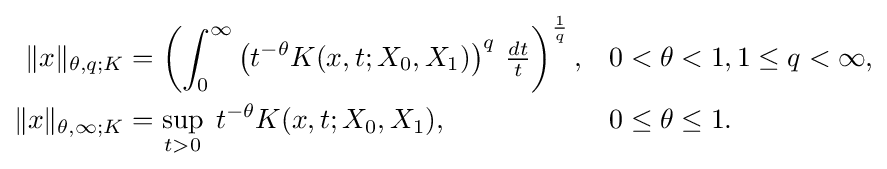
{\begin{aligned}\|x\|_{\theta ,q;K}&=\left(\int _{0}^{\infty }\left(t^{-\theta }K(x,t;X_{0},X_{1})\right)^{q}\,{\tfrac {dt}{t}}\right)^{\frac {1}{q}},&&0<\theta <1,1\leq q<\infty ,\\\|x\|_{\theta ,\infty ;K}&=\sup _{t>0}\;t^{-\theta }K(x,t;X_{0},X_{1}),&&0\leq \theta \leq 1.\end{aligned}}